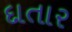
દાતાર